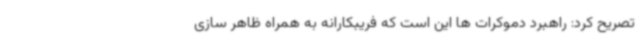
تصریح کرد: راهبرد دموکرات ها این است که فریبکارانه به همراه ظاهر سازی